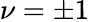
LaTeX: \nu=\pm 1